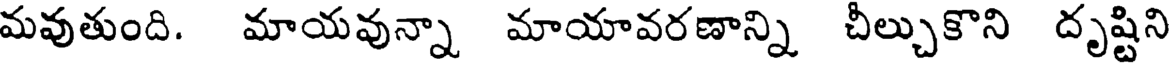
మవుతుంది. మాయవున్నా మాయావరణాన్ని చీల్చుకొని దృష్టిని